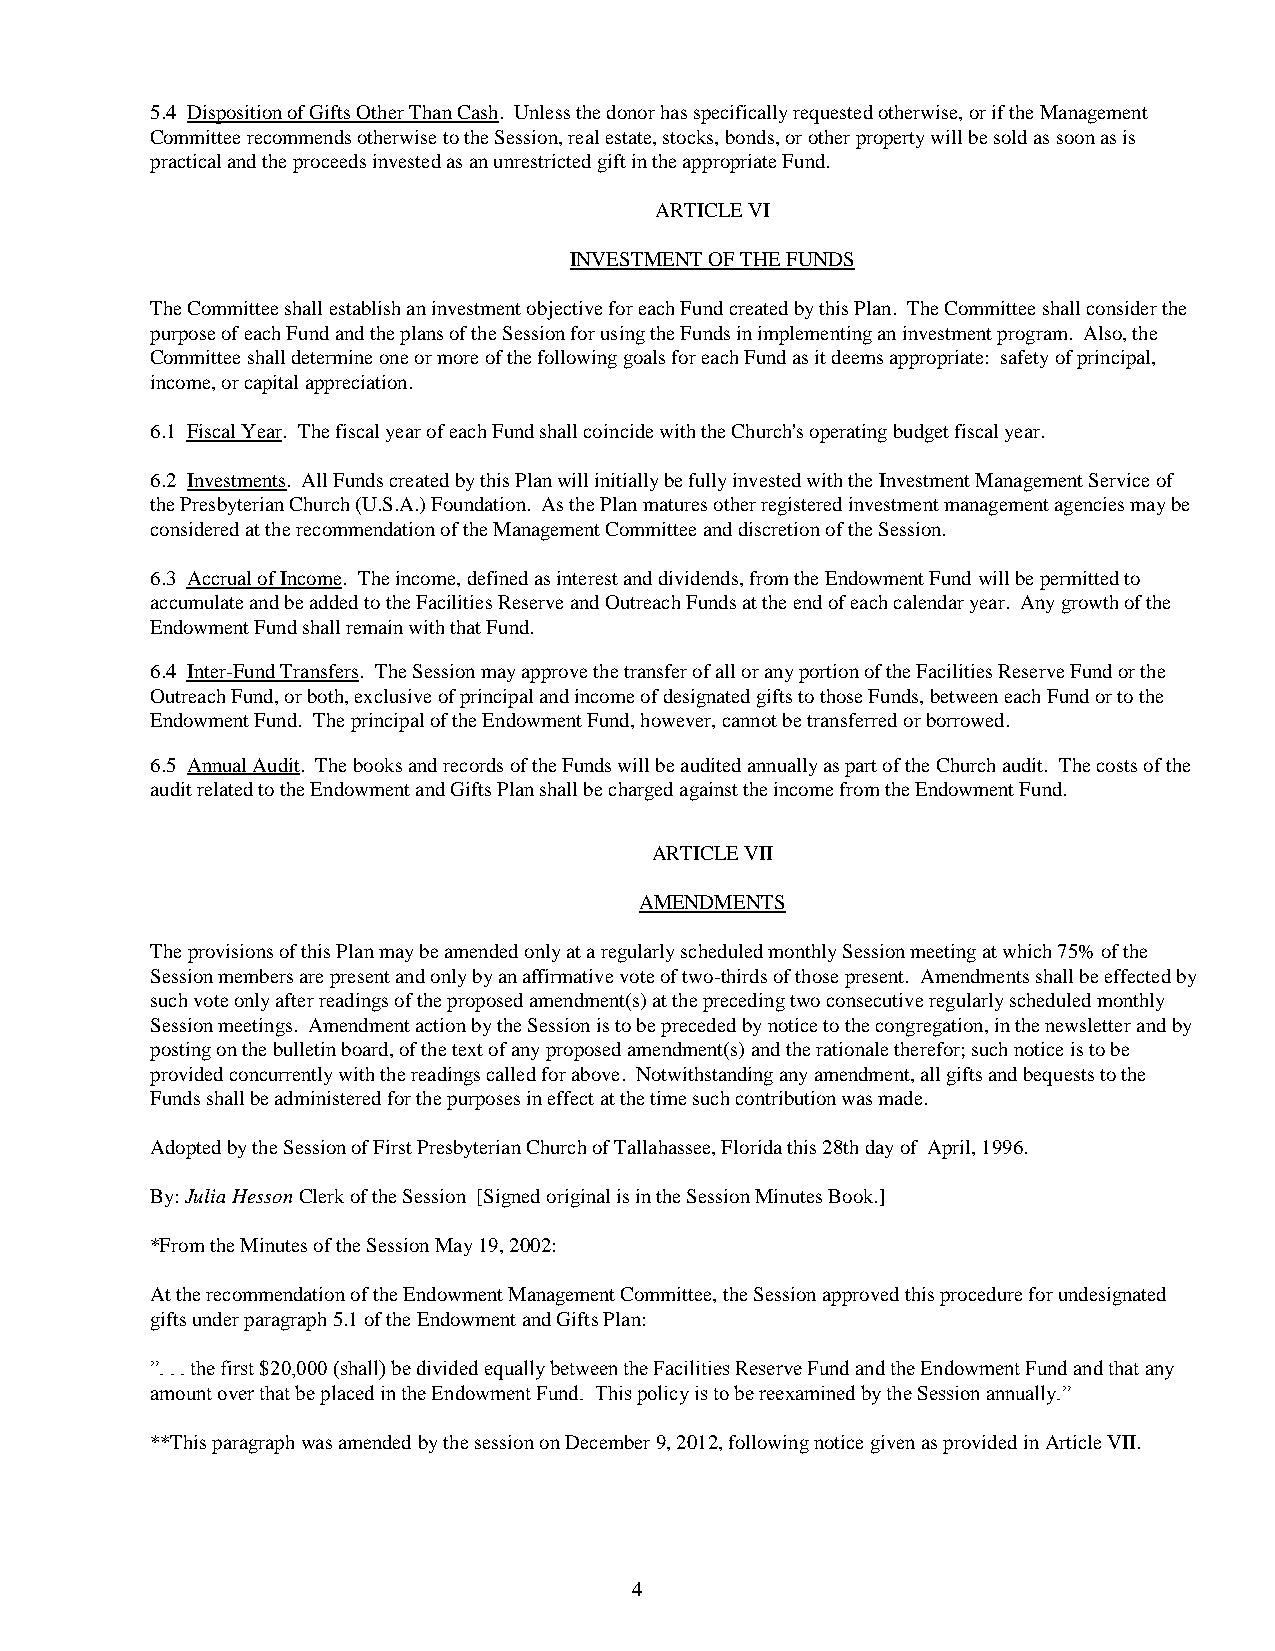
5.4 Disposition of Gifts Other Than Cash. Unless the donor has specifically requested otherwise, or if the Management
 Committee recommends otherwise to the Session, real estate, stocks, bonds, or other property will be sold as soon as is
 practical and the proceeds invested as an unrestricted gift in the appropriate Fund.
 ARTICLE VI
 INVESTMENT OF THE FUNDS
 The Committee shall establish an investment objective for each Fund created by this Plan. The Committee shall consider the
 purpose of each Fund and the plans of the Session for using the Funds in implementing an investment program. Also, the
 Committee shall determine one or more of the following goals for each Fund as it deems appropriate: safety of principal,
 income, or capital appreciation.
 6.1 Fiscal Year. The fiscal year of each Fund shall coincide with the Church's operating budget fiscal year.
 6.2 Investments. All Funds created by this Plan will initially be fully invested with the Investment Management Service of
 the Presbyterian Church (U.S.A.) Foundation. As the Plan matures other registered investment management agencies may be
 considered at the recommendation of the Management Committee and discretion of the Session.
 6.3 Accrual of Income. The income, defined as interest and dividends, from the Endowment Fund will be permitted to
 accumulate and be added to the Facilities Reserve and Outreach Funds at the end of each calendar year. Any growth of the
 Endowment Fund shall remain with that Fund.
 6.4 Inter-Fund Transfers. The Session may approve the transfer of all or any portion of the Facilities Reserve Fund or the
 Outreach Fund, or both, exclusive of principal and income of designated gifts to those Funds, between each Fund or to the
 Endowment Fund. The principal of the Endowment Fund, however, cannot be transferred or borrowed.
 6.5 Annual Audit. The books and records of the Funds will be audited annually as part of the Church audit. The costs of the
 audit related to the Endowment and Gifts Plan shall be charged against the income from the Endowment Fund.
 ARTICLE VII
 AMENDMENTS
 The provisions of this Plan may be amended only at a regularly scheduled monthly Session meeting at which 75% of the
 Session members are present and only by an affirmative vote of two-thirds of those present. Amendments shall be effected by
 such vote only after readings of the proposed amendment(s) at the preceding two consecutive regularly scheduled monthly
 Session meetings. Amendment action by the Session is to be preceded by notice to the congregation, in the newsletter and by
 posting on the bulletin board, of the text of any proposed amendment(s) and the rationale therefor; such notice is to be
 provided concurrently with the readings called for above. Notwithstanding any amendment, all gifts and bequests to the
 Funds shall be administered for the purposes in effect at the time such contribution was made.
 Adopted by the Session of First Presbyterian Church of Tallahassee, Florida this 28th day of April, 1996.
 By: Julia Hesson Clerk of the Session [Signed original is in the Session Minutes Book.]
 *From the Minutes of the Session May 19, 2002:
 At the recommendation of the Endowment Management Committee, the Session approved this procedure for undesignated
 gifts under paragraph 5.1 of the Endowment and Gifts Plan:
 ”. . . the first $20,000 (shall) be divided equally between the Facilities Reserve Fund and the Endowment Fund and that any
 amount over that be placed in the Endowment Fund. This policy is to be reexamined by the Session annually.”
 **This paragraph was amended by the session on December 9, 2012, following notice given as provided in Article VII.
 4